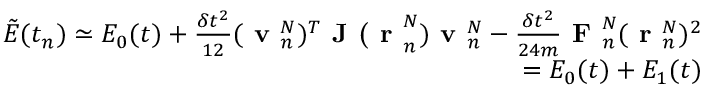
\begin{array} { r } { \tilde { E } ( t _ { n } ) \simeq E _ { 0 } ( t ) + \frac { \delta t ^ { 2 } } { 1 2 } ( \textbf { v } _ { n } ^ { N } ) ^ { T } \textbf { J ( r } _ { n } ^ { N } ) \textbf { v } _ { n } ^ { N } - \frac { \delta t ^ { 2 } } { 2 4 m } \textbf { F } _ { n } ^ { N } ( \textbf { r } _ { n } ^ { N } ) ^ { 2 } } \\ { = E _ { 0 } ( t ) + E _ { 1 } ( t ) } \end{array}